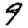
Digit: 9